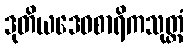
ဒုတိယဒေဝစာရိကသုတ္တံ